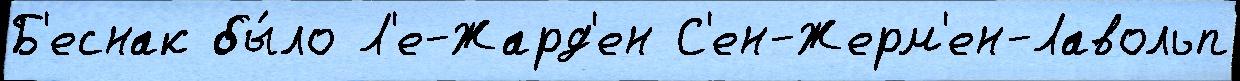
Б'еснак бы́ло Л'е-Жард'ен С'ен-Жерм'ен-Лавольп